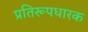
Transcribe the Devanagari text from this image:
प्रतिरूपधारक